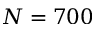
N = 7 0 0